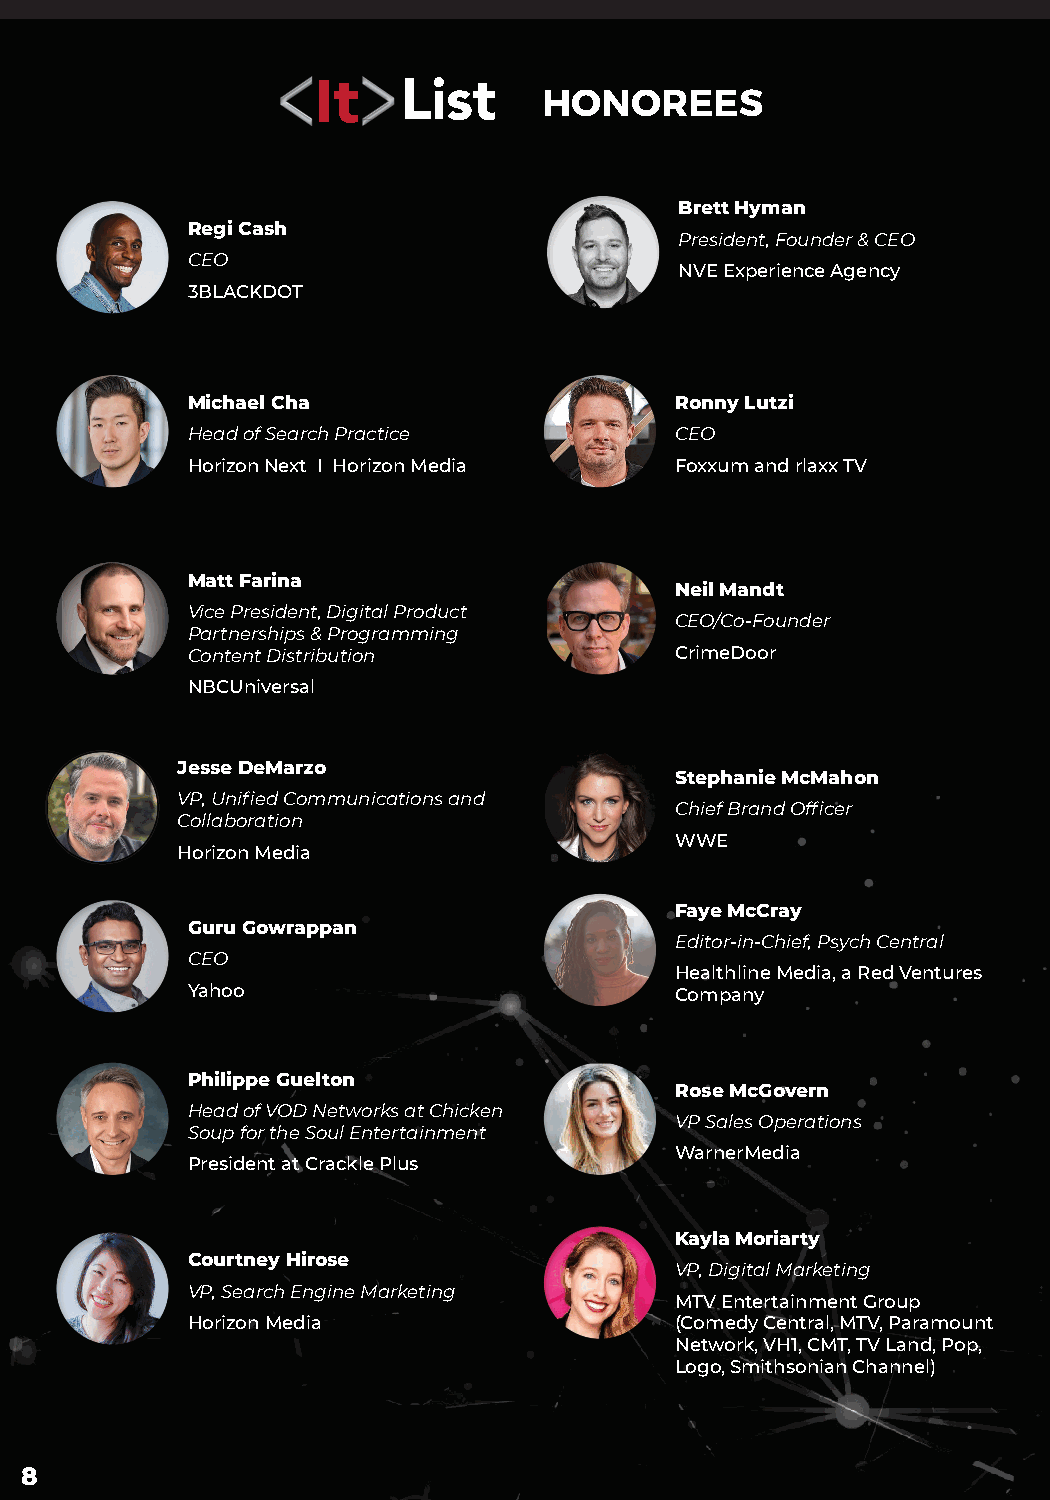
List
 HONOREES
 Brett Hyman
 Regi Cash
 President, Founder & CEO
 CEO
 NVE Experience Agency
 3BLACKDOT
 Michael Cha                      Ronny Lutzi
 Head of Search Practice          CEO
 Horizon Next I Horizon Media     Foxxum and rlaxx TV
 Matt Farina
 Neil Mandt
 Vice President, Digital Product
 CEO/Co-Founder
 Partnerships & Programming
 Content Distribution             CrimeDoor
 NBCUniversal
 Jesse DeMarzo
 Stephanie McMahon
 VP, Unified Communications and
 Chief Brand Officer
 Collaboration
 WWE
 Horizon Media
 Faye McCray
 Guru Gowrappan
 Editor-in-Chief, Psych Central
 CEO
 Healthline Media, a Red Ventures
 Yahoo                            Company
 Philippe Guelton
 Rose McGovern
 Head of VOD Networks at Chicken
 VP Sales Operations
 Soup for the Soul Entertainment
 WarnerMedia
 President at Crackle Plus
 Kayla Moriarty
 Courtney Hirose
 VP, Digital Marketing
 VP, Search Engine Marketing
 MTV Entertainment Group
 Horizon Media                    (Comedy Central, MTV, Paramount
 Network, VH1, CMT, TV Land, Pop,
 Logo, Smithsonian Channel)
 8